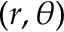
( r , \theta )